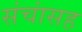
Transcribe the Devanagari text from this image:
संचांसह